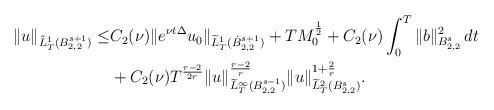
LaTeX: \begin{align*}\|u\|_{\tilde{L}^1_T(B^{s+1}_{2,2})}\leq & C_2(\nu)\|e^{\nu t\Delta}u_0\|_{\widetilde{L}^1_T(\dot{B}^{s+1}_{2,2})}+TM_0^{\frac{1}2}+C_2(\nu)\int^T_0\|b\|^2_{B^{s}_{2,2}}\,dt\\&+C_2(\nu)T^{\frac{r-2}{2r}}\|u\|^{\frac{r-2}{r}}_{\widetilde{L}^{\infty}_T(B^{s-1}_{2,2})}\|u\|^{1+\frac{2}{r}}_{\widetilde{L}^2_T(B^{s}_{2,2})}.\end{align*}